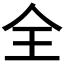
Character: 全